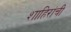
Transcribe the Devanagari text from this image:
शाहिरांची